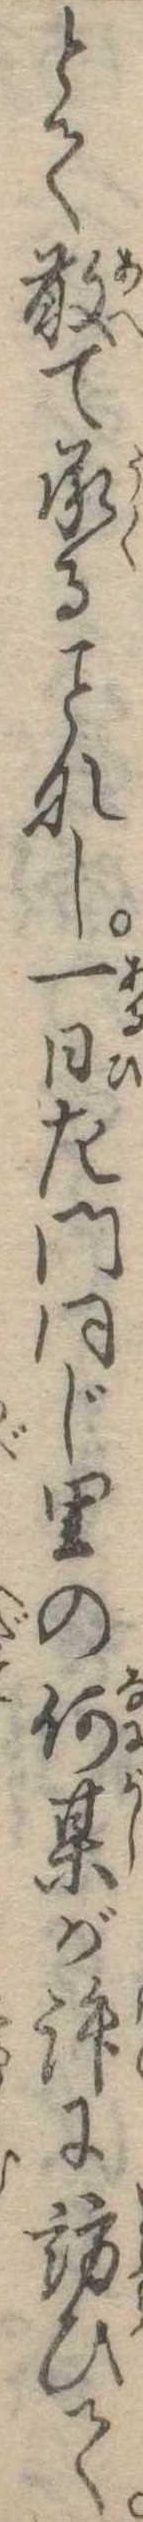
とて敢て承るなし一日左門同じ里の何某が許に訪ひて